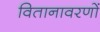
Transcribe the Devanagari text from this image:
वितानावरणों